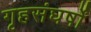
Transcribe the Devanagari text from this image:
गृहसंघर्षों